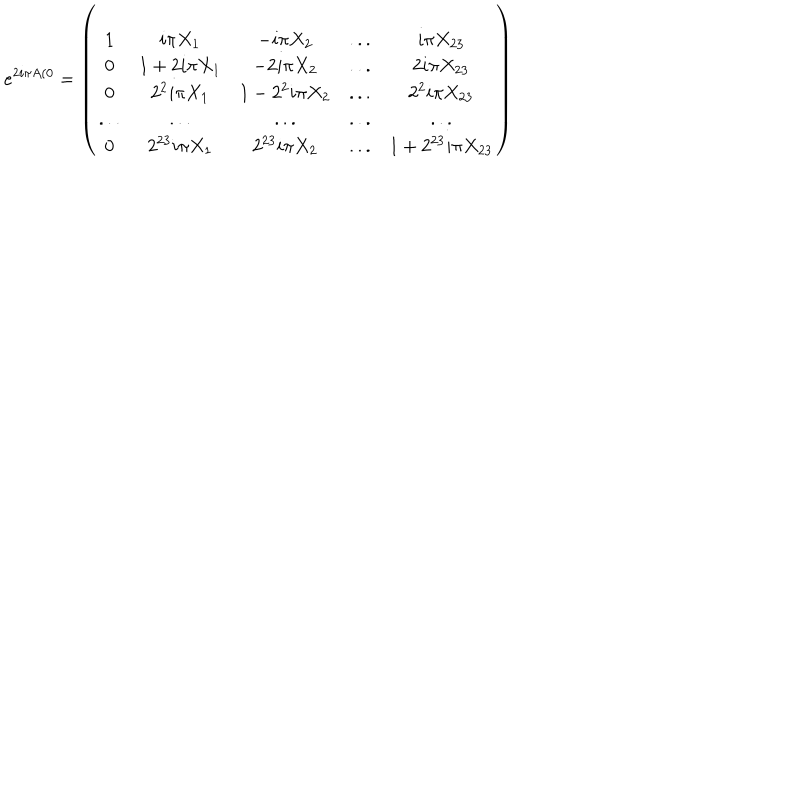
e ^ { 2 i \pi A ( 0 } = \left( \begin{array} { c c c c c } { { 1 } } & { { i \pi X _ { 1 } } } & { { - i \pi X _ { 2 } } } & { { . . . } } & { { i \pi X _ { 2 3 } } } \\ { { 0 } } & { { 1 + 2 i \pi X _ { 1 } } } & { { - 2 i \pi X _ { 2 } } } & { { . . . } } & { { 2 i \pi X _ { 2 3 } } } \\ { { 0 } } & { { 2 ^ { 2 } i \pi X _ { 1 } } } & { { 1 - 2 ^ { 2 } i \pi X _ { 2 } } } & { { . . . } } & { { 2 ^ { 2 } i \pi X _ { 2 3 } } } \\ { { . . . } } & { { . . . } } & { { . . . } } & { { . . . } } & { { . . . } } \\ { { 0 } } & { { 2 ^ { 2 3 } i \pi X _ { 1 } } } & { { 2 ^ { 2 3 } i \pi X _ { 2 } } } & { { . . . } } & { { 1 + 2 ^ { 2 3 } i \pi X _ { 2 3 } } } \\ \end{array} \right)